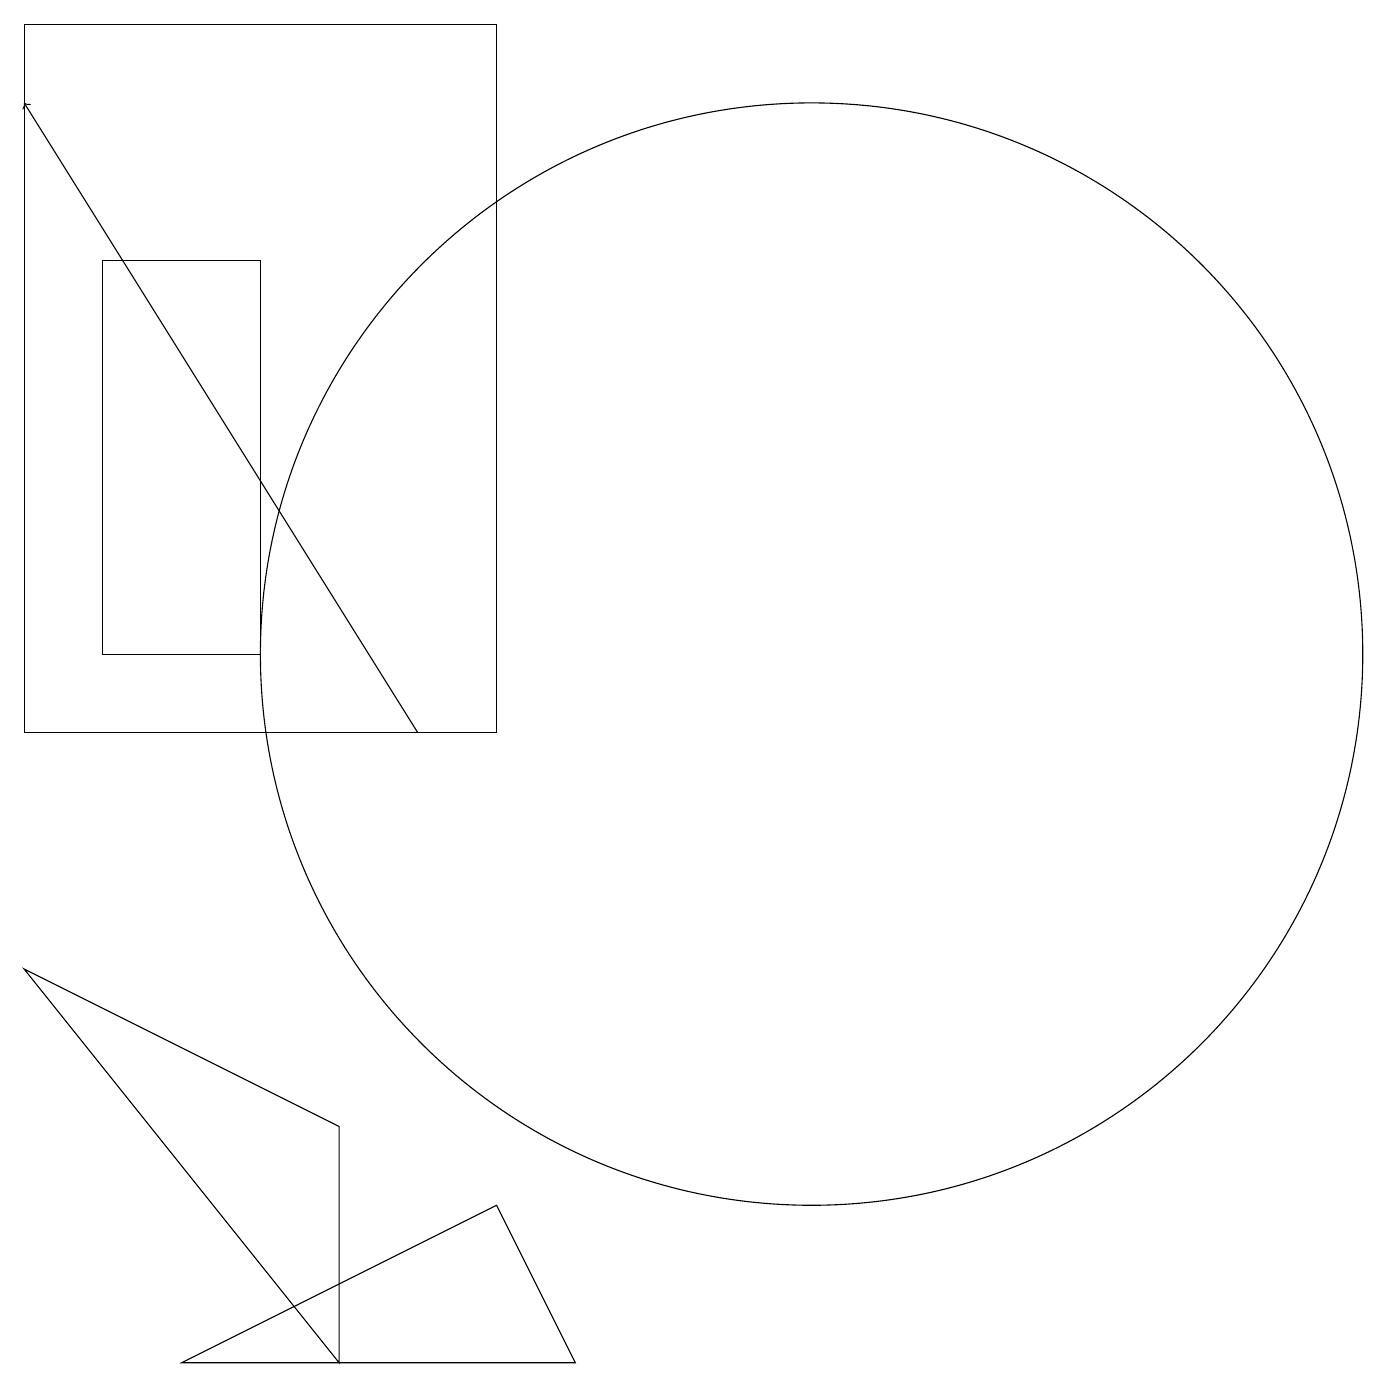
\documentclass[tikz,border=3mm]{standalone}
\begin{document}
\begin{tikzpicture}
\draw (4,5) -- (4,2) -- (0,7) -- cycle;
\draw[->] (5,10) -- (0,18);
\draw (6,10) rectangle (0,19);
\draw (10,11) circle (7);
\draw (1,16) rectangle (3,11);
\draw (6,4) -- (7,2) -- (2,2) -- cycle;
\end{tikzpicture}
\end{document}